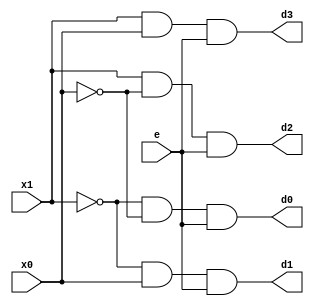
`timescale 1ns / 1ps
//////////////////////////////////////////////////////////////////////////////////
// Company: 
// Engineer: 
// 
// Design Name: 
// Module Name: decoder2to4
// Project Name: 
// Target Devices: 
// Tool Versions: 
// Description: 
// 
// Dependencies: 
// 
// Revision:
// Revision 0.01 - File Created
// Additional Comments:
// 
//////////////////////////////////////////////////////////////////////////////////


module decoder2to4(
    input x1,
    input x0,
    input e,
    output wire d0, d1, d2, d3
    );
    
    wire x11, x00;
    not 
        inv1 (x11, x1),
        inv2 (x00, x0);
    and
        and1 (d0, x11, x00, e),
        and2 (d1, x11, x0, e),
        and3 (d2, x1, x00, e),
        and4 (d3, x1, x0, e);
    
endmodule